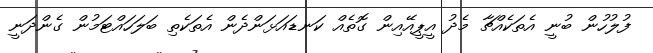
ފުލުހުން ބުނީ އެތަކެއްޗާ މެދު އީޕީއޭއިން ގޮތެއް ކަނޑައަޅަންދެން އެތަކެތި ބަލަހައްޓަމުން ގެންދަނީ